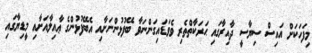
މިފަހަކަށް އައިސް ސިޔާސީ ދާއިރާގައި ޙަރަކާތްތެރި ވެވަޑައިގަންނަވާ ބޭފުޅުންނަށާއި އެބޭފުޅުންގެ ޢާއިލާއަށާއި މީޑިޔާގައި